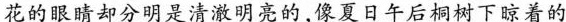
花的眼睛却分明是清澈明亮的，像夏日午后桐树下晾着的